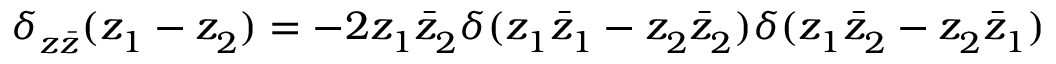
\delta _ { z \bar { z } } ^ { } ( z _ { 1 } ^ { } - z _ { 2 } ^ { } ) = - 2 z _ { 1 } ^ { } \bar { z } _ { 2 } ^ { } \delta ( z _ { 1 } ^ { } \bar { z } _ { 1 } ^ { } - z _ { 2 } ^ { } \bar { z } _ { 2 } ^ { } ) \delta ( z _ { 1 } ^ { } \bar { z } _ { 2 } ^ { } - z _ { 2 } ^ { } \bar { z } _ { 1 } ^ { } )